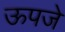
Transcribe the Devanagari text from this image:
ऊपजे